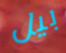
بيل